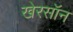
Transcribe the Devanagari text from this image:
खेरसॉन